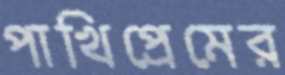
পাখিপ্রেমের